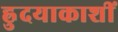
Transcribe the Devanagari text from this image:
ह्रुदयाकाशीं